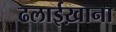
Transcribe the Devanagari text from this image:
ढलाईख़ाना